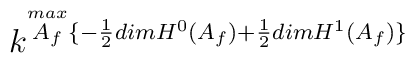
k^{\stackrel{max}{A_f}\lbrace-\frac{1}{2}dimH^0(A_f)+\frac{1}{2}dimH^1(A_f)\rbrace}